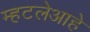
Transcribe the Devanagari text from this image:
म्हटलेआहे